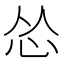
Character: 怂